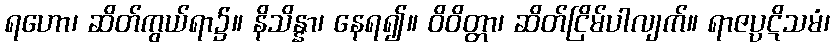
ရဟော၊ ဆိတ်ကွယ်ရာ၌။ နိသိန္နာ၊ နေရ၍။ ဝိဝိတ္တာ၊ ဆိတ်ငြိမ်ပါလျက်။ ရာဇပ္ပဋိသမံ၊